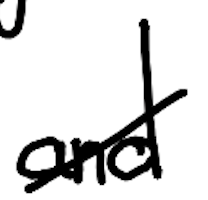
Text: and
Cross-out: diagonal
Writing tool: digital_black